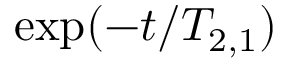
\exp ( - t / T _ { 2 , 1 } )